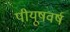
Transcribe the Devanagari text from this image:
पीयूषवर्ष